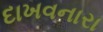
દાખવનારા